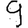
Digit: 9